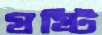
ষষ্টি